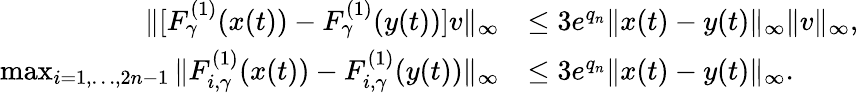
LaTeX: \begin{array}{rl}{\| [F_{\gamma}^{(1)}(x(t))-F_{\gamma}^{(1)}(y(t))]v\| _{\infty}}&{\le 3e^{q_{n}}\| x(t)-y(t)\| _{\infty}\| v\| _{\infty},}\\ {\operatorname*{max}_{i=1,\ldots,2n-1}\| F_{i,\gamma}^{(1)}(x(t))-F_{i,\gamma}^{(1)}(y(t))\| _{\infty}}&{\le 3e^{q_{n}}\| x(t)-y(t)\| _{\infty}.}\end{array}